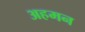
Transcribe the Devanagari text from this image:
अहमन